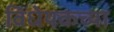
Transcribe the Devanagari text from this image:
विधेयकच्या